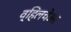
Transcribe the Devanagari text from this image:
व्हिलचेअर